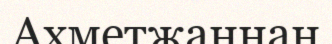
Ахметжаннан